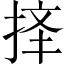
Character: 𱠆